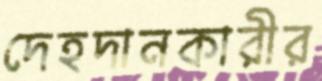
দেহদানকারীর